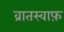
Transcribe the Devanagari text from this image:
व्रातस्वाफ़